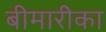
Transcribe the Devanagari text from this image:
बीमारीका